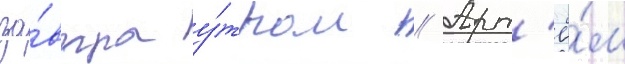
за́втра у́тром // Арт'ё́м